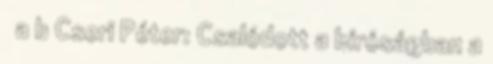
↑ a b Cseri Péter: Csalódott a bíróságban a